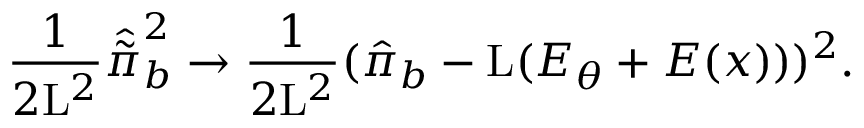
\frac { 1 } { 2 \mathrm { L } ^ { 2 } } \hat { \tilde { \pi } } _ { b } ^ { 2 } \rightarrow \frac { 1 } { 2 \mathrm { L } ^ { 2 } } ( \hat { \pi } _ { b } - \mathrm { L } ( { \cal E } _ { \theta } + { \cal E } ( x ) ) ) ^ { 2 } .